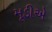
મૂડીએ